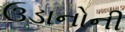
ઉડાનોની